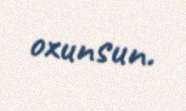
oxunsun.